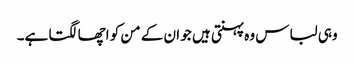
وہی لباس وہ پہنتی ہیں جو ان کے من کو اچھا لگتا ہے۔